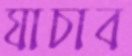
যাচাব